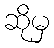
ဆိုမှ